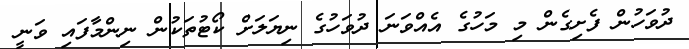
ދުވަހުން ފެށިގެން މި މަހުގެ އެއްވަނަ ދުވަހުގެ ނިޔަލަށް ކޯޓުތަކުން ނިންމާފައި ވަނީ